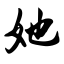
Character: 她